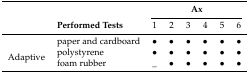
| <COLSPAN=2>  | <COLSPAN=6> Ax |
 |  | Performed Tests | 1 | 2 | 3 | 4 | 5 | 6 |
 | --- | --- | --- | --- | --- | --- | --- | --- |
 | <ROWSPAN=4> Adaptive | paper and cardboard | • | • | • | • | • | • |
 | polystyrene | • | • | • | • | • | • |
 | foam rubber | _ | • | • | • | • | • |